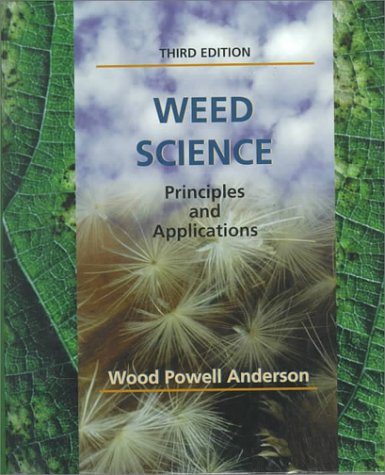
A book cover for Weed Science: Principles and Applications; W. Powell Anderson; Crafts, Hobbies & Home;